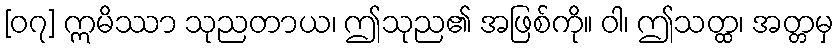
[၀၇] ဣမိဿာ သုညတာယ၊ ဤသုည၏ အဖြစ်ကို။ ဝါ၊ ဤသတ္ထ၊ အတ္တမှ